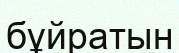
бұйратын